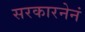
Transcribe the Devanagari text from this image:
सरकारनेनं